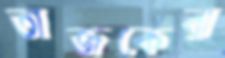
তাজকেরা